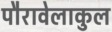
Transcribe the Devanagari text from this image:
पौरावेलाकुल